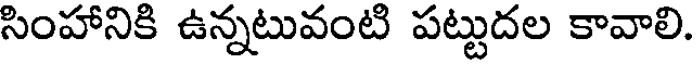
సింహానికి ఉన్నటువంటి పట్టుదల కావాలి.